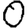
Digit: 0